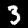
Label: 3